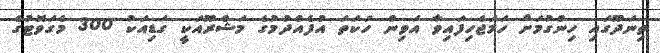
ތިނަދޫގައި ހިންގުމަށް ހަމަޖެހިފައިވާ އަވިން ހަކަތަ އުފެއްދުމުގެ މަޝްރޫއަކީ ގަޑިއަކު 300 މެގަވޮޓުގެ